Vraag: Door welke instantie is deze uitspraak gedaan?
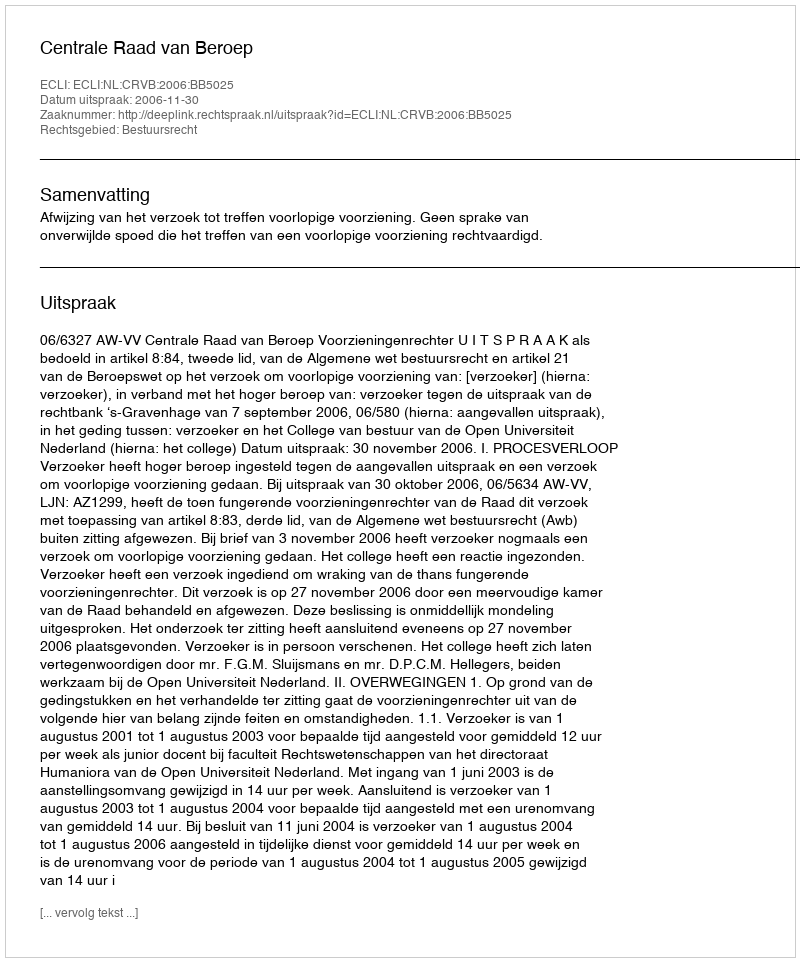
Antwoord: Centrale Raad van Beroep